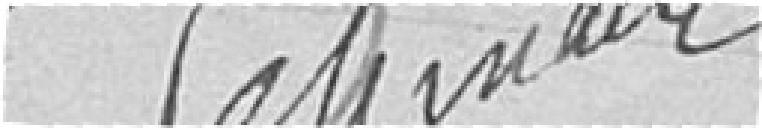
LEHMANN